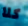
كلا